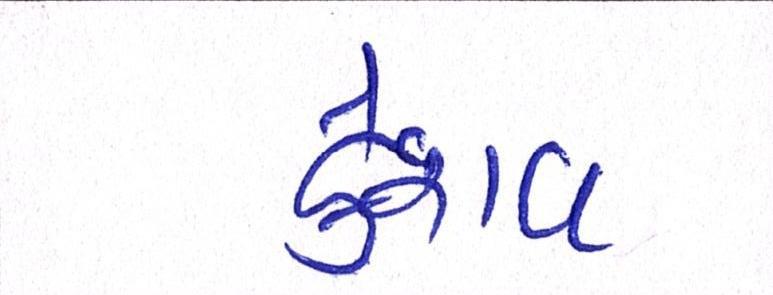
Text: કેશવ